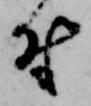
付